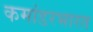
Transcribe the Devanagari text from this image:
कमांडरभारत